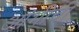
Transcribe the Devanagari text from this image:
आंभीची